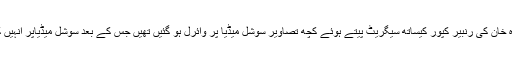
واضح رہے کہ اس سے قبل ماہرہ خان کی رنبیر کپور کیساتھ سیگریٹ پیتے ہوئے کچھ تصاویر سوشل میڈیا پر وائرل ہو گئیں تھیں جس کے بعد سوشل میڈیاپر انہیں کافی تنقید کا نشانہ بھی بنا یا گیا ۔